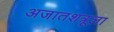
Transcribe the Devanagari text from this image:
अजातशत्रूला